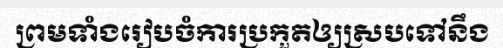
ព្រមទាំងរៀបចំការប្រកួតឲ្យស្របទៅនឹង